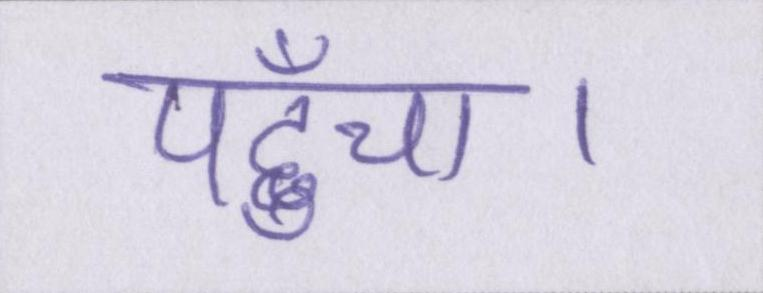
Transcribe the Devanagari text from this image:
पहुँचा।